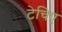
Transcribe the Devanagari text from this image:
टेचिए